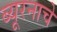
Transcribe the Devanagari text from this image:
ब्यूरनाचे